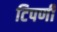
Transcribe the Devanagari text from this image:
टिपणी